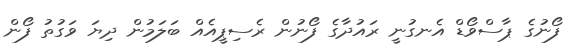
ފޯނުގެ ޕާސްވޯޑް އެނގުނީ ރައުދާގެ ފޯނުން ރެސިޕީއެއް ބަލަމުން ދިޔަ ވަގުތު ފޯން